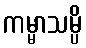
ကမ္မာသမ္ပိ